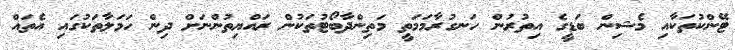
ޓޭންކުތަކާއި މެޝިން ބަޑީގެ އިތުރުން ހަނގުރާމަމަތީ މަތިންދާބޯޓުތަކުން ރައްޔިތުންނަށް ދިން ހަމަލާތަކުގައި އެތައް